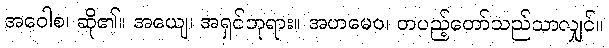
အဝေါစ၊ ဆို၏။ အယျေ၊ အရှင်ဘုရား။ အဟမေဝ၊ တပည့်တော်သည်သာလျှင်။